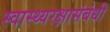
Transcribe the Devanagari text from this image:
स्वास्थ्यरक्षासंबंधी